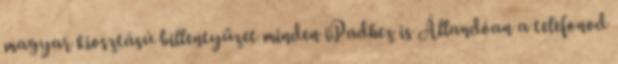
magyar kiosztású billentyűzet minden iPadhez is Állandóan a telefonod